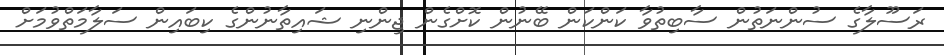
ރަސޫލާގެ ސުންނަތުން ސާބިތުވާ ކަންކަން ބޭނުން ކޮށްގެން ޖިންނި ޝައިތާނުންގެ ކިބައިން ސަލާމަތްވުމަށް